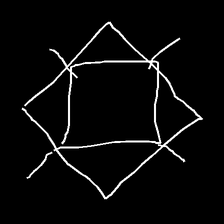
Glyph: light